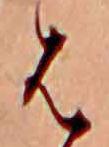
は